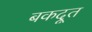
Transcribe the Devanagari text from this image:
बकदूत